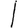
Digit: 1